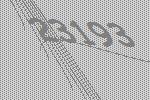
23193